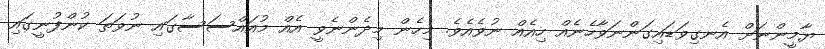
ޔާމީންނަށް އެނގިވަޑައިގަންނަވާހެނެއް ހިއެއް ނުވެއެވެ. މިހެން މިދެންނެވީ އެއް މުއައްސަސާގައި ނުވަތަ ކުންފުނީގައި